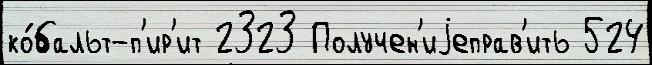
ко́бальт-п'ир'ит 2323 Получен'иjеправ'ить 524